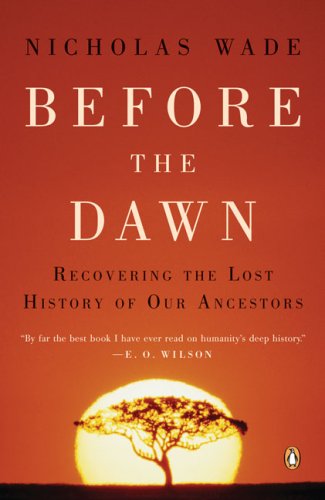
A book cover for Before the Dawn: Recovering the Lost History of Our Ancestors; Nicholas Wade; Medical Books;